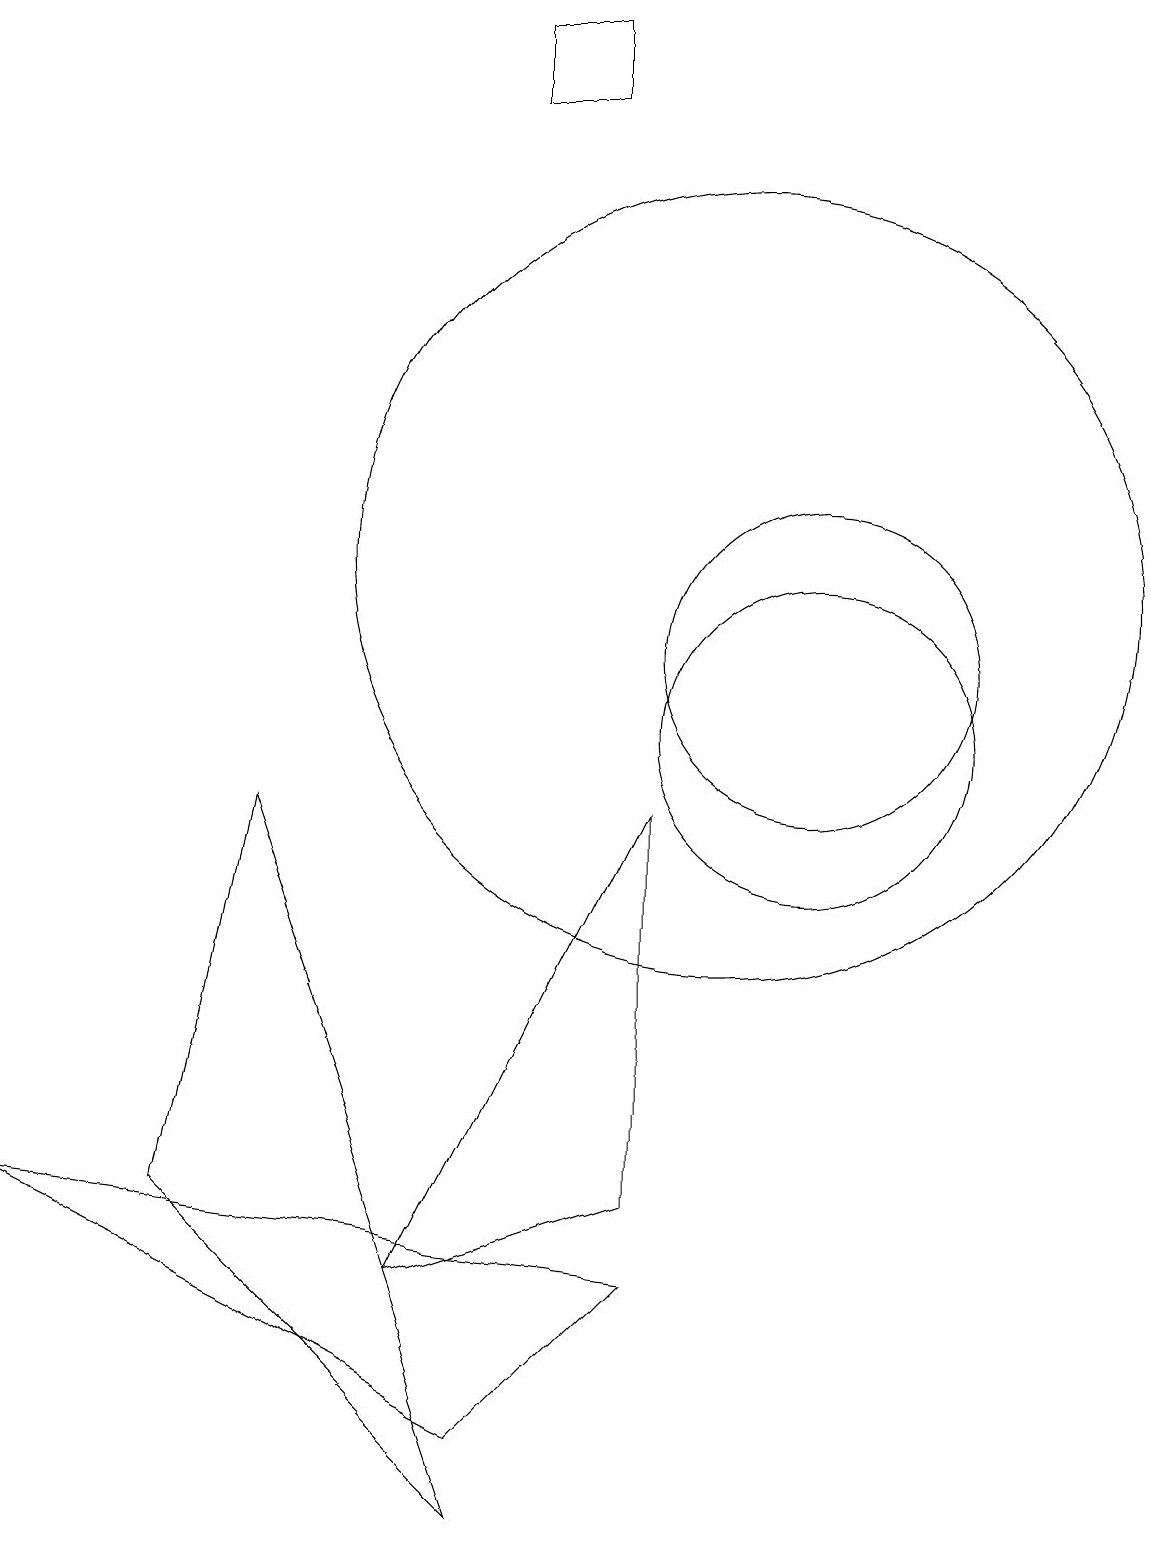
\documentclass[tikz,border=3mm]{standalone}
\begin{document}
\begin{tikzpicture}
\draw (7,0) -- (3,4) -- (4,9) -- cycle;
\draw (6,3) -- (9,9) -- (9,4) -- cycle;
\draw (11,10) circle (2);
\draw (7,19) rectangle (8,18);
\draw (10,12) circle (5);
\draw (9,3) -- (7,1) -- (1,4) -- cycle;
\draw (11,11) circle (2);
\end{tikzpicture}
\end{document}